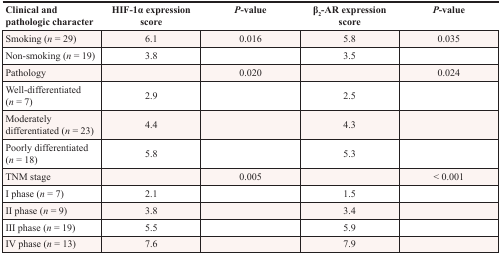
| Clinical and pathologic character | HIF-1α expression score | P-value | β2-AR expression score | P-value |
 | --- | --- | --- | --- | --- |
 | Smoking (n = 29) | 6.1 | 0.016 | 5.8 | 0.035 |
 | Non-smoking (n = 19) | 3.8 |  | 3.5 |  |
 | Pathology |  | 0.020 |  | 0.024 |
 | Well-differentiated (n = 7) | 2.9 |  | 2.5 |  |
 | Moderately differentiated (n = 23) | 4.4 |  | 4.3 |  |
 | Poorly differentiated (n = 18) | 5.8 |  | 5.3 |  |
 | TNM stage |  | 0.005 |  | < 0.001 |
 | I phase (n = 7) | 2.1 |  | 1.5 |  |
 | II phase (n = 9) | 3.8 |  | 3.4 |  |
 | III phase (n = 19) | 5.5 |  | 5.9 |  |
 | IV phase (n = 13) | 7.6 |  | 7.9 |  |